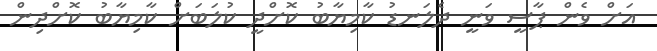
އަށް ވެން ޕާސީ ވަނީ ދެލަނޑު ކާމިޔާބު ކޮށްދީ ކުލަބަށް ކާމިޔާބު ކޮށްދިން